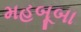
મહબૂબા